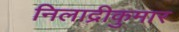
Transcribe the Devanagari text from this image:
निलाद्रीकुमार